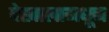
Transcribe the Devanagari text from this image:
देखालामधून